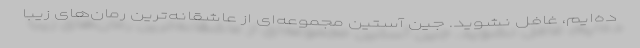
ده‌ایم، غافل نشوید. جین آستین مجموعه‌ای از عاشقانه‌ترین رمان‌های زیبا